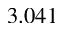
3 . 0 4 1